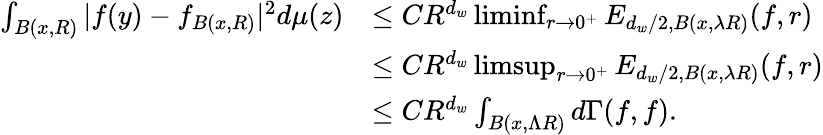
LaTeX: \begin{array}{rl}{\int_{B(x,R)}|f(y)-f_{B(x,R)}|^{2}d\mu(z)}&{\leq CR^{d_{w}}\operatorname*{liminf}_{r\to 0^{+}}E_{d_{w}/2,B(x,\lambda R)}(f,r)}\\ &{\leq CR^{d_{w}}\operatorname*{limsup}_{r\to 0^{+}}E_{d_{w}/2,B(x,\lambda R)}(f,r)}\\ &{\leq CR^{d_{w}}\int_{B(x,\Lambda R)}d\Gamma(f,f).}\end{array}